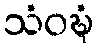
သံဝဍ္ဎံ